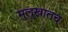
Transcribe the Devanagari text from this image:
मुलुखातच